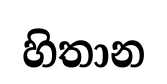
හිතාන